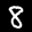
Label: 8